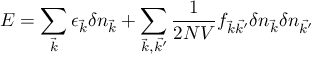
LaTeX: E = \sum _ { \vec { k } } \epsilon _ { \vec { k } } \delta n _ { \vec { k } } + \sum _ { { \vec { k } } , { \vec { k ^ { \prime } } } } { { \frac { 1 } { 2 N V } } f _ { { \vec { k } } { \vec { k ^ { \prime } } } } \delta n _ { \vec { k } } \delta n _ { \vec { k ^ { \prime } } } }